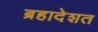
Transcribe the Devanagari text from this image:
ब्रहादेशत